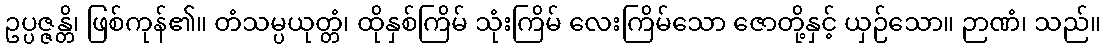
ဥပ္ပဇ္ဇန္တိ၊ ဖြစ်ကုန်၏။ တံသမ္ပယုတ္တံ၊ ထိုနှစ်ကြိမ် သုံးကြိမ် လေးကြိမ်သော ဇောတို့နှင့် ယှဉ်သော။ ဉာဏံ၊ သည်။